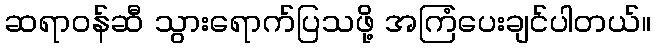
ဆရာဝန်ဆီ သွားရောက်ပြသဖို့ အကြံပေးချင်ပါတယ်။